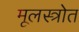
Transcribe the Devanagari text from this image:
मूलस्त्रोत